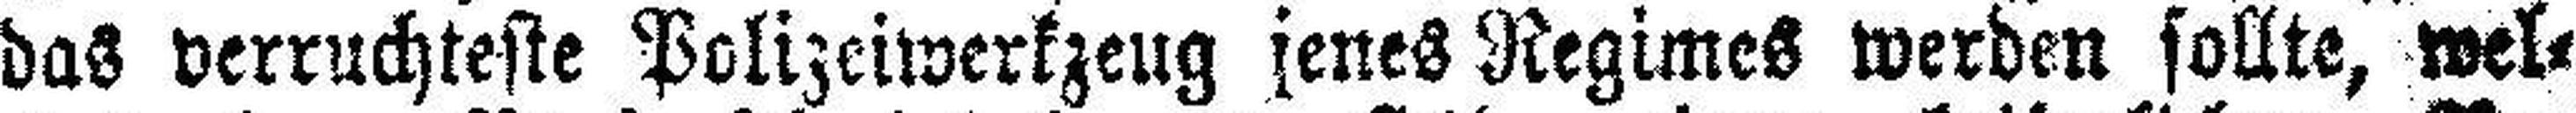
das verruchteste Polizeiwerkzeug jenes Regimes werden sollte, wel¬